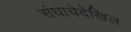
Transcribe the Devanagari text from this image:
संघाचेदेखिल